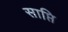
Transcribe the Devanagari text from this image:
साप्ति